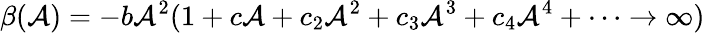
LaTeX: \beta(\mathcal{A})=-b\mathcal{A}^{2}(1+c\mathcal{A}+c_{2}\mathcal{A}^{2}+c_{3}\mathcal{A}^{3}+c_{4}\mathcal{A}^{4}+\cdots\rightarrow\infty)